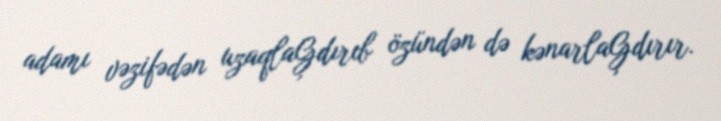
adamı vəzifədən uzaqlaĢdırıb özündən də kənarlaĢdırır.